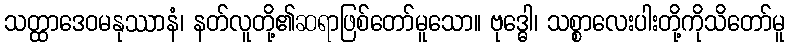
သတ္ထာဒေဝမနုဿာနံ၊ နတ်လူတို့၏ဆရာဖြစ်တော်မူသော။ ဗုဒ္ဓေါ၊ သစ္စာလေးပါးတို့ကိုသိတော်မူ